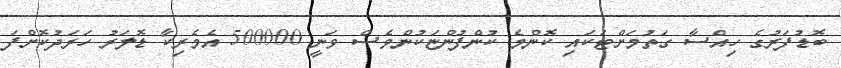
ބޮޑުފަރުގެ ހިއްސާ ގަތުމަށްޓަކައި ކޮންމެ ކުންފުންޏަކުންވެސް ވަނީ 500000 އެމެރިކާ ޑޮލަރު ހަރަދުކޮށްފަ